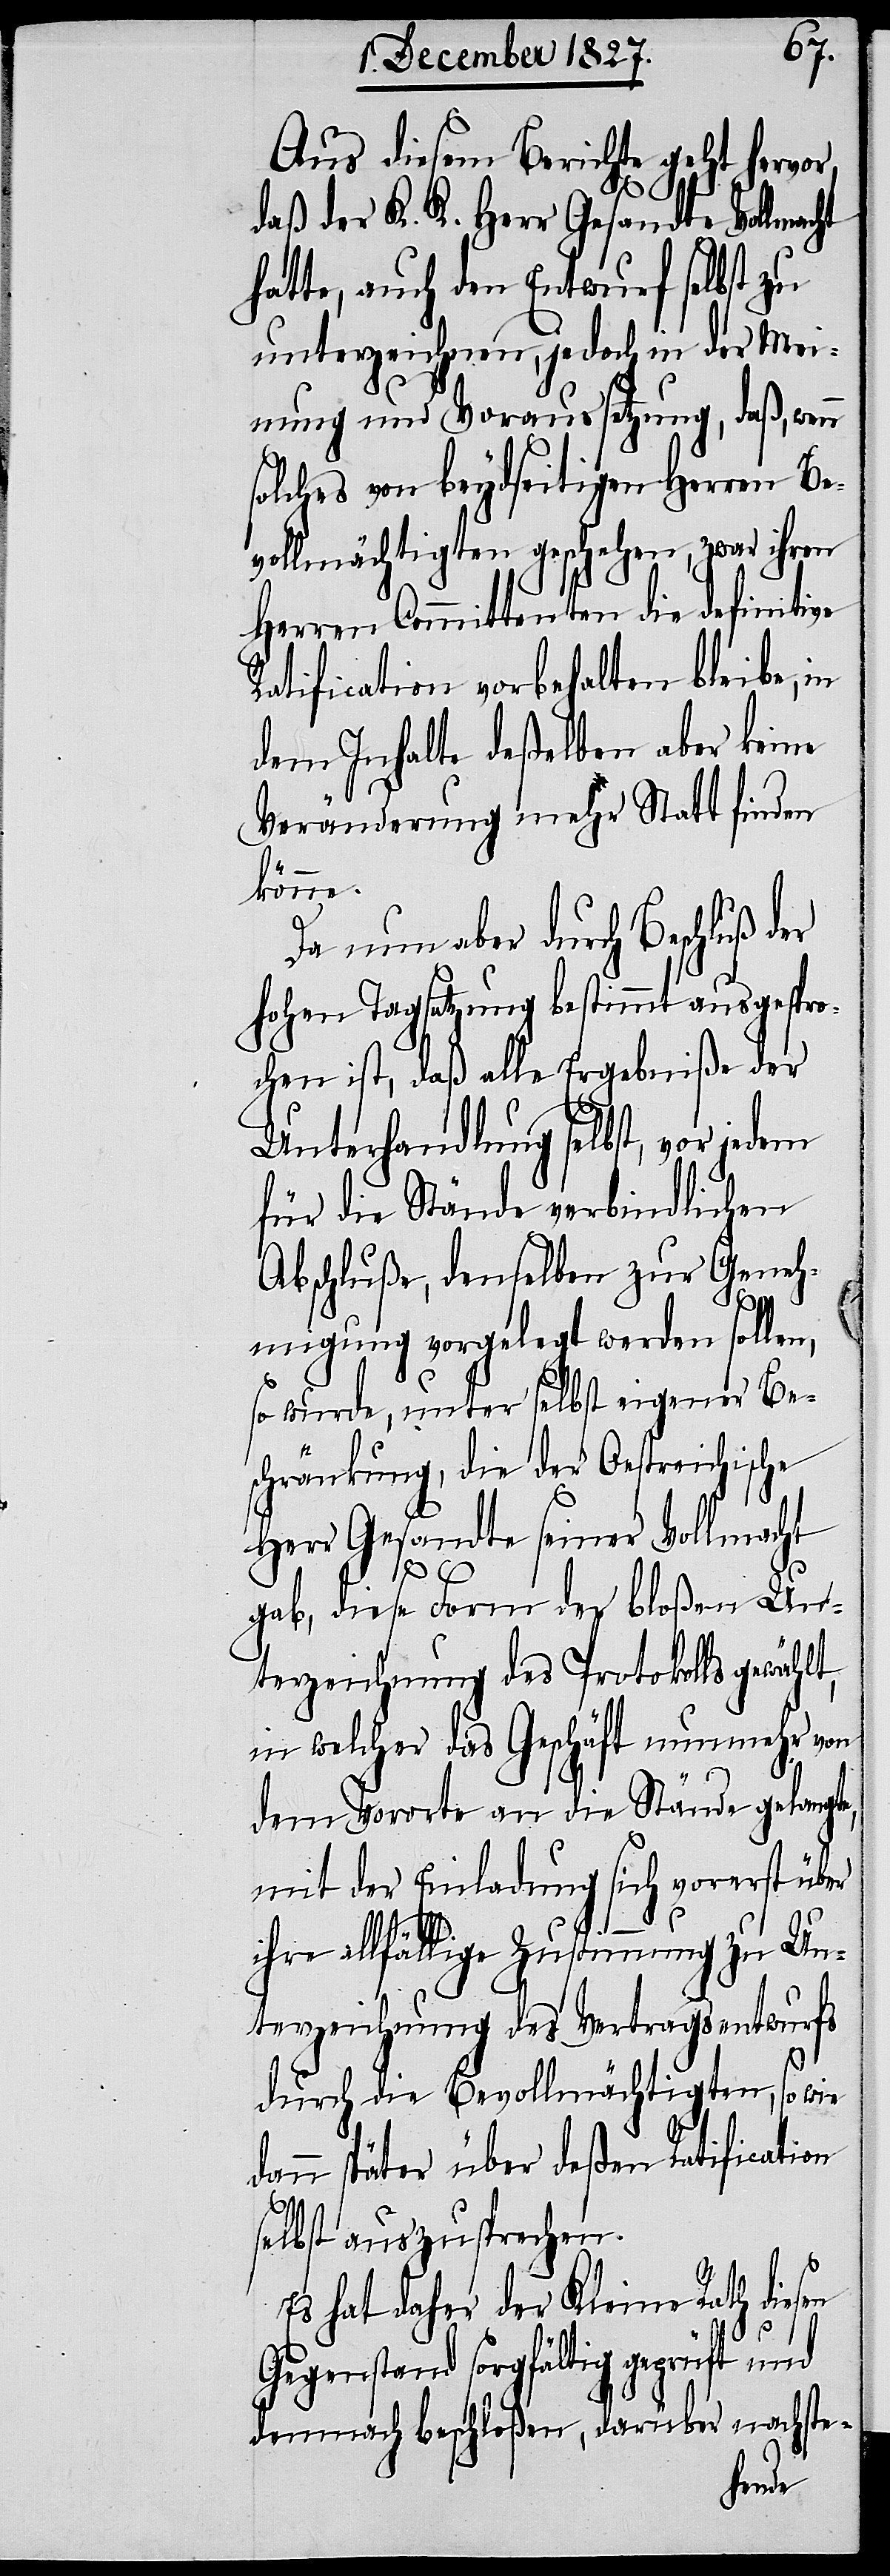
Aus diesem Berichte geht hervor,
daß der K. K. Herr Gesandte Vollmacht
hatte, auch den Entwurf selbst zu
unterzeichnen, jedoch in der Mei¬
nung und Voraussetzung, daß, wenn
solches von beydseitigen Herren Be¬
vollmächtigten geschehen, zwar ihren
Herren Committenten die definitive
Ratification vorbehalten bleibe, in
dem Inhalte deßelben aber keine
Veränderung mehr Statt finden
könne.
Da nun aber durch Beschluß d¬
hohen Tagsatzung bestimmt ausgespro¬
chen ist, daß alle Ergebniße der
Unterhandlung selbst, vor jedem
für die Stände verbindlichen
Abschluße, denselben zur Geneh¬
migung vorgelegt werden sollen,
so wurde, unter selbst eigener Be¬
schränkung, die der Oestreichische
Herr Gesandte seiner Vollmacht
gab, diese Form der bloßen Un¬
terzeichnung des Protokolls gewählt,
in welcher das Geschäft nunmehr von
dem Vororte an die Stände gelangte,
mit der Einladung sich vorerst über
ihre allfällige Zustimmung zu Un¬
terzeichnung des Vertragsentwurfs
durch die Bevollmächtigten, so wie
dann später über deßen Ratification
selbst auszusprechen.
Es hat daher der Kleine Rath diesen
er
Gegenstand sorgfältig geprüft und
demnach beschloßen, darüber nachste-